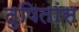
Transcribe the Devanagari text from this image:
तुषितांस